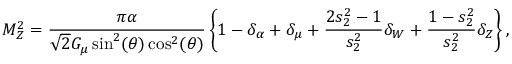
M _ { Z } ^ { 2 } = { \frac { \pi \alpha } { \sqrt { 2 } G _ { \mu } \sin ^ { 2 } ( \theta ) \cos ^ { 2 } ( \theta ) } } \left\{ 1 - \delta _ { \alpha } + \delta _ { \mu } + { \frac { 2 s _ { 2 } ^ { 2 } - 1 } { s _ { 2 } ^ { 2 } } } \delta _ { W } + { \frac { 1 - s _ { 2 } ^ { 2 } } { s _ { 2 } ^ { 2 } } } \delta _ { Z } \right\} ,